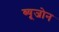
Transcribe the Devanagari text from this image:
ब्यूजोन